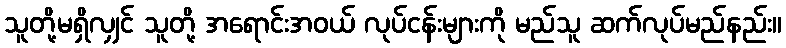
သူတို့မရှိလျှင် သူတို့ အရောင်းအဝယ် လုပ်ငန်းများကို မည်သူ ဆက်လုပ်မည်နည်း။